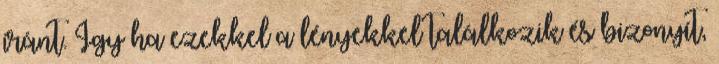
iránt. Így ha ezekkel a lényekkel találkozik és bizonyít,